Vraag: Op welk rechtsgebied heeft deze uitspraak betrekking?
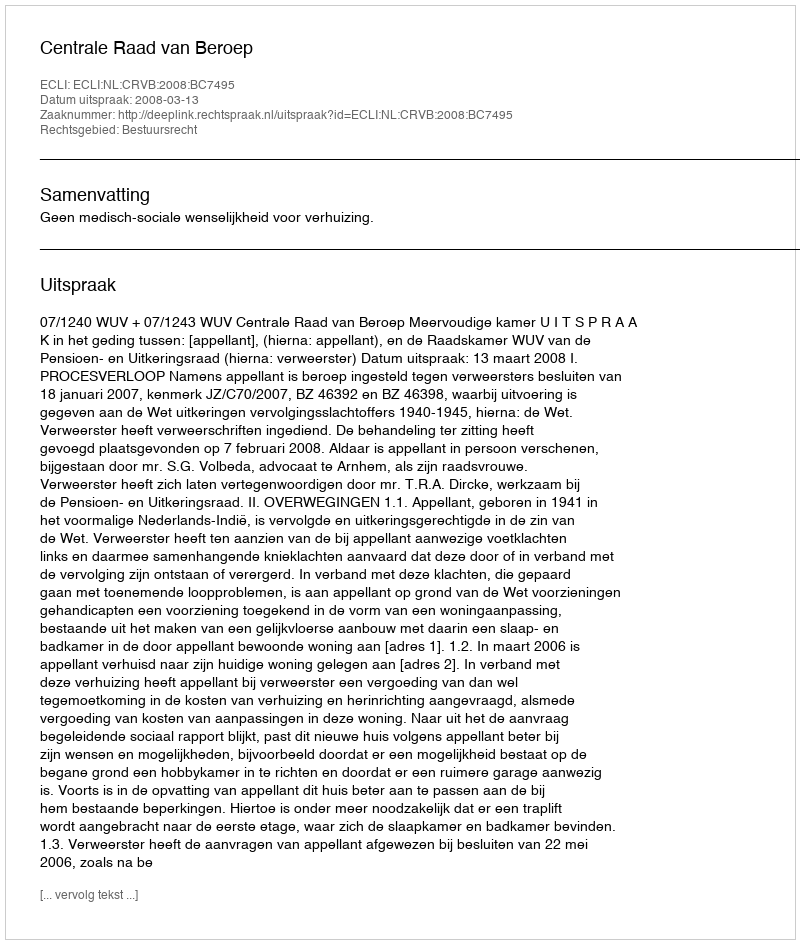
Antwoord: Bestuursrecht